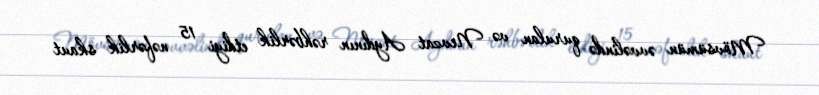
Mövsümün əvvəlində qurulan və Nevzat Aydının rəhbərlik etdiyi 15 nəfərlik skaut